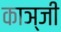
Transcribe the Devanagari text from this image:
काञ्जी